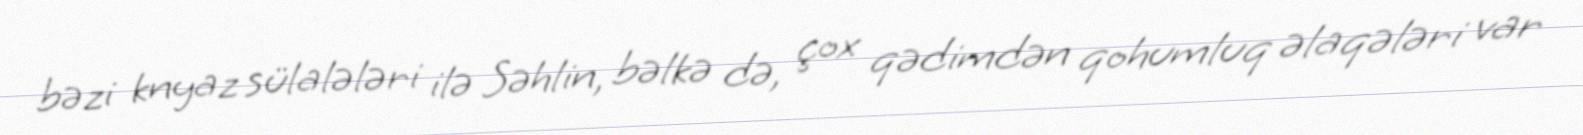
bəzi knyaz sülalələri ilə Səhlin, bəlkə də, çox qədimdən qohumluq əlaqələri var